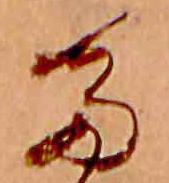
た